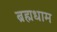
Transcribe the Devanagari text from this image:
ब्रह्मधाम